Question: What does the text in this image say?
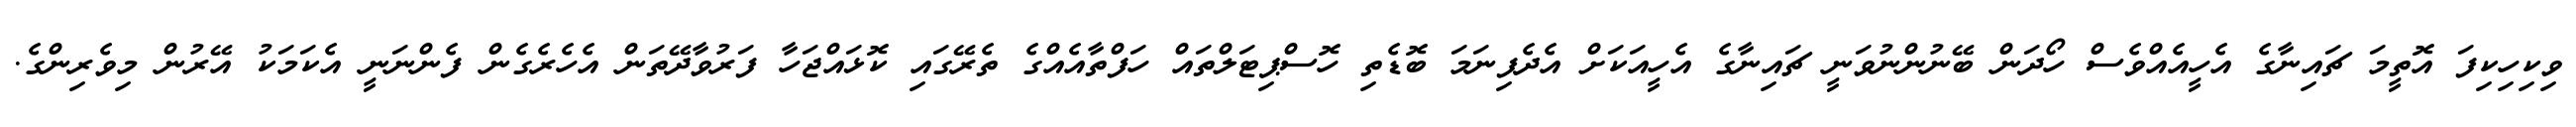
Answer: ވިކިހިކިފަ އޮތީމަ ޗައިނާގެ އެހީއެއްވެސް ހޯދަން ބޭނުންނުވަނީ ޗައިނާގެ އެހީއަކަށް އެދެފިނަމަ ބޮޑެތި ހޮސްޕިޓަލްތައް ހަފްތާއެއްގެ ތެރޭގައި ކޮޅައްޖަހާ ފަރުވާދޭތަން އެހެރެގެން ފެންނަނީ އެކަމަކު އޭރުން މިވެރިންގެ.